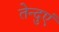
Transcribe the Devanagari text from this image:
तेन्दुएं